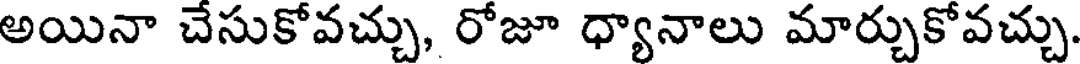
అయినా చేసుకోవచ్చు, రోజూ ధ్యానాలు మార్చుకోవచ్చు